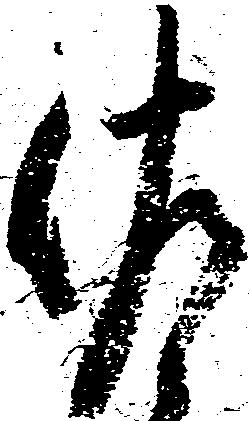
佐